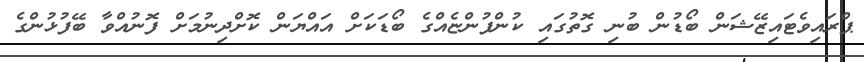
ޕްރައިވެޓައިޒޭޝަން ބޯޑުން ބުނި ގޮތުގައި ކުންފުންޏެއްގެ ބޯޑަކަށް އައްޔަން ކޮށްދިނުމަށް ފޮނުއްވާ ބޭފުޅުންގެ